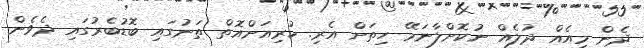
ދެން މިއެއް ދުލެއް ނުކޮށްލާނަމޭ ހިތަށް އެރި. ކުރިއަށްއޮތް ތަނުގައި ބޮޑުބެރުގައި ދެވެން